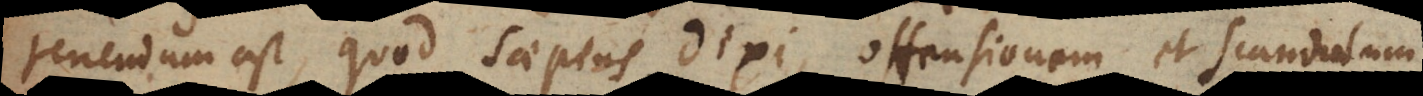
tenendum est, quod saepius dixi, offensionem et scandalum